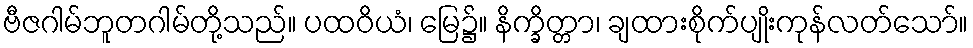
ဗီဇဂါမ်ဘူတဂါမ်တို့သည်။ ပထဝိယံ၊ မြေ၌။ နိက္ခိတ္တာ၊ ချထားစိုက်ပျိုးကုန်လတ်သော်။